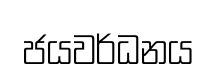
ජයවර්ධනය